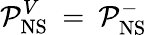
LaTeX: {\cal P}_{\mathrm{NS}}^{V}\: =\: {\cal P}_{\mathrm{NS}}^{-}